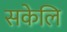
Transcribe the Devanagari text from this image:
सकेलि